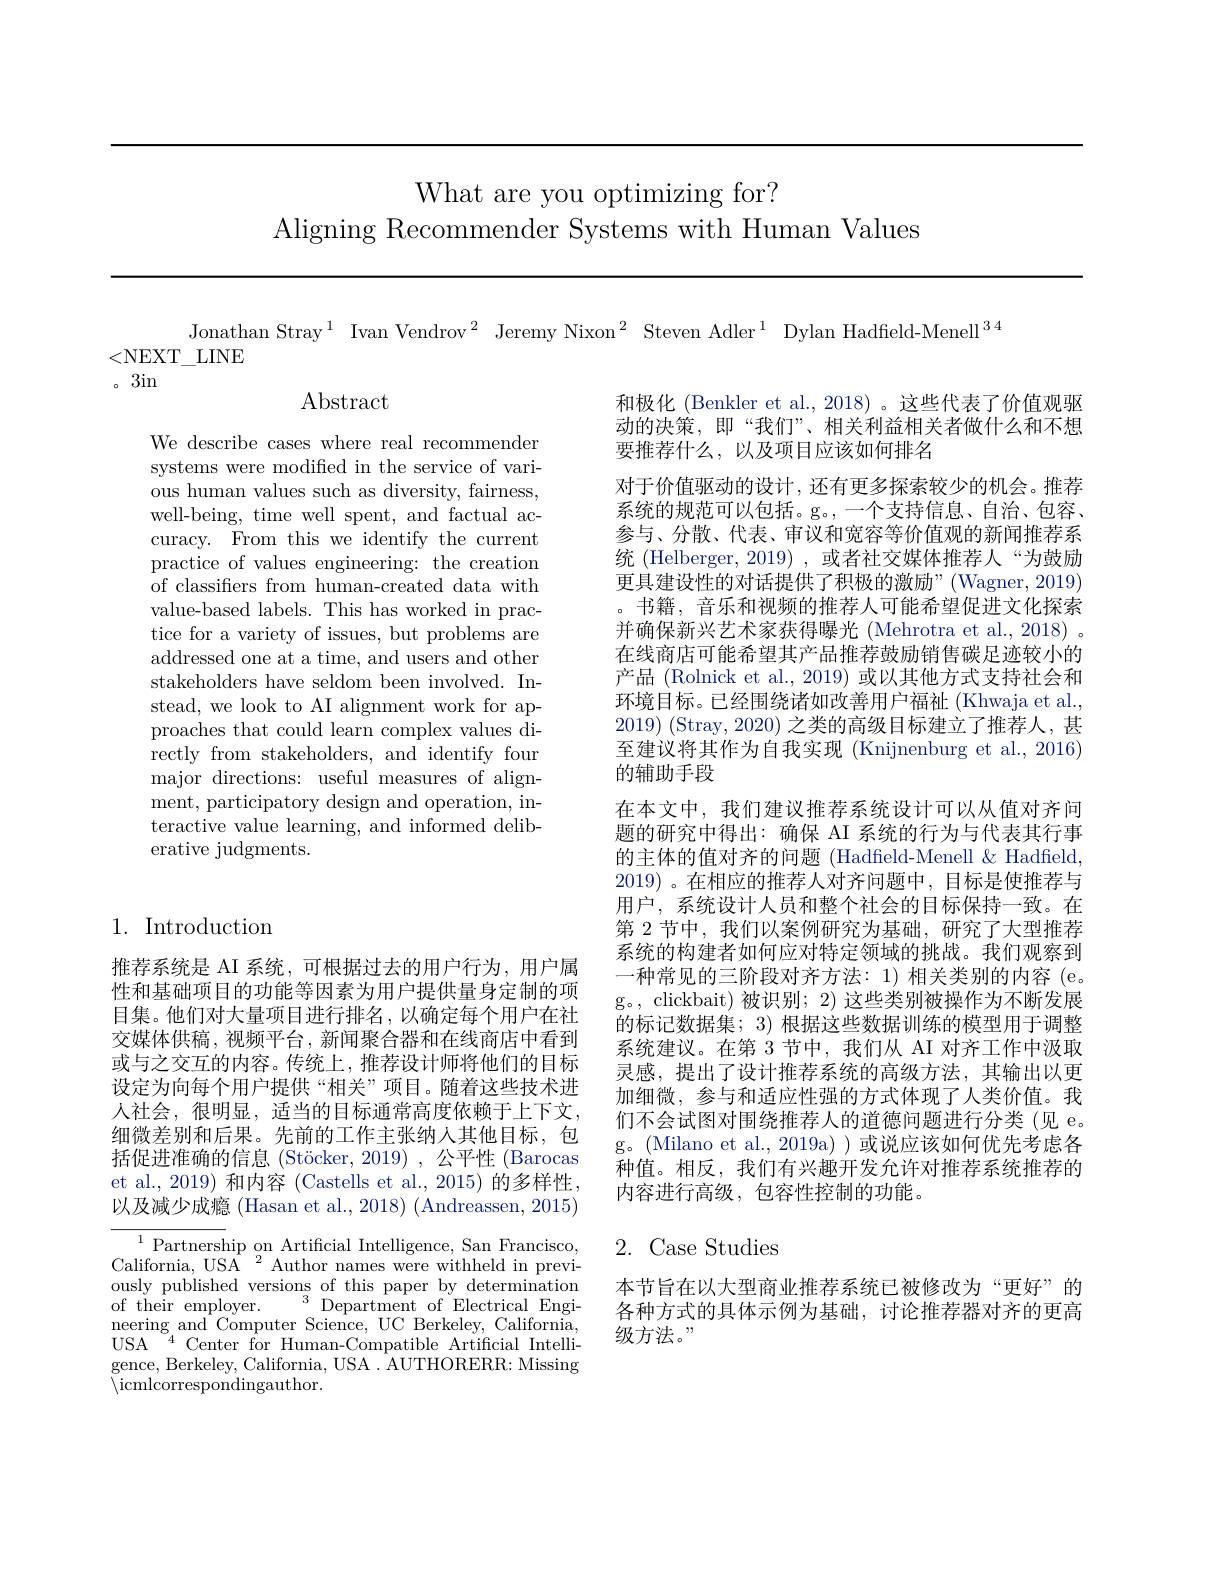
What are you optimizing for?
Aligning Recommender Systems with Human Values

Jonathan Stray$^{1}$ Ivan Vendrov$^{2}$ Jeremy Nixon$^{2}$ Steven Adler$^{1}$ Dylan Hadfield-Menell$^{34}$
<NEXT\_LINE

。3in

$\operatorname{Abstract}$

We describe cases where real recommender systems were modified in the service of various human values such as diversity, fairness, well-being, time well spent, and factual accuracy. From this we identify the current practice of values engineering: the creation of classifiers from human-created data with value-based labels. This has worked in practice for a variety of issues, but problems are addressed one at a time, and users and other stakeholders have seldom been involved. Instead, we look to AI alignment work for approaches that could learn complex values directly from stakeholders, and identify four major directions: useful measures of alignment, participatory design and operation, interactive value learning, and informed deliberative judgments.

和极化 (Benkler et al., 2018) 。这些代表了价值观驱动的决策，即“我们”、相关利益相关者做什么和不想要推荐什么，以及项目应该如何排名
对于价值驱动的设计，还有更多探索较少的机会。推荐系统的规范可以包括。g。,一个支持信息、自治、包容、 参与、分散、代表、审议和宽容等价值观的新闻推荐系统 (Helberger, 2019) , 或者社交媒体推荐人“为鼓励更具建设性的对话提供了积极的激励”(Wagner,2019) 。书籍，音乐和视频的推荐人可能希望促进文化探索并确保新兴艺术家获得曝光 (Mehrotra et al., 2018) 。在线商店可能希望其产品推荐鼓励销售碳足迹较小的产品 (Rolnick et al., 2019) 或以其他方式支持社会和环境目标。已经围绕诸如改善用户福祉 (Khwaja et al., 2019) (Stray, 2020) 之类的高级目标建立了推荐人，甚至建议将其作为自我实现 (Knijnenburg et al., 2016) 的辅助手段
在本文中，我们建议推荐系统设计可以从值对齐问题的研究中得出：确保 AI 系统的行为与代表其行事的主体的值对齐的问题 (Hadfield-Menell& Hadfield, 2019) 。在相应的推荐人对齐问题中，目标是使推荐与用户，系统设计人员和整个社会的目标保持一致。在第 2 节中，我们以案例研究为基础，研究了大型推荐系统的构建者如何应对特定领域的挑战。我们观察到一种常见的三阶段对齐方法：1) 相关类别的内容 (e。g。, clickbait) 被识别；2) 这些类别被操作为不断发展的标记数据集；3) 根据这些数据训练的模型用于调整系统建议。在第 3 节中，我们从 AI 对齐工作中汲取灵感，提出了设计推荐系统的高级方法，其输出以更加细微，参与和适应性强的方式体现了人类价值。我们不会试图对围绕推荐人的道德问题进行分类 (见 e。g。(Milano et al.,2019a))或说应该如何优先考虑各种值。相反，我们有兴趣开发允许对推荐系统推荐的内容进行高级，包容性控制的功能。

## 1. Introduction

推荐系统是 AI 系统，可根据过去的用户行为，用户属性和基础项目的功能等因素为用户提供量身定制的项目集。他们对大量项目进行排名，以确定每个用户在社交媒体供稿，视频平台，新闻聚合器和在线商店中看到或与之交互的内容。传统上，推荐设计师将他们的目标设定为向每个用户提供“相关”项目。随着这些技术进人社会，很明显，适当的目标通常高度依赖于上下文， 细微差别和后果。先前的工作主张纳人其他目标，包括促进准确的信息 (Stöcker, 2019) , 公平性 (Barocas et al., 2019) 和内容 (Castells et al., 2015) 的多样性， 以及减少成瘾 (Hasan et al., 2018) (Andreassen, 2015)
$\overline{{^{1}\text{Partnersh}}}$ip on Artificial Intelligence, San Francisco, California, USA$^2$ Author names were withheld in previously published versions of this paper by determination of their employer.$^{3}$Department of Electrical Engineering and Computer Science, UC Berkeley, California, USA$\:^{4}$Center for Human-Compatible Artificial Intelligence, Berkeley, California, USA. AUTHORERR: Missing $\backslash$icmlcorrespondingauthor.

## 2.Case Studies

本节旨在以大型商业推荐系统已被修改为“更好”的各种方式的具体示例为基础，讨论推荐器对齐的更高级方法。,,